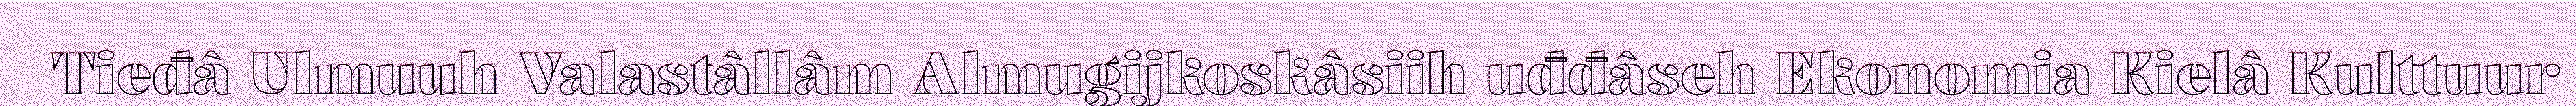
Tieđâ Ulmuuh Valastâllâm Almugijkoskâsiih uđđâseh Ekonomia Kielâ Kulttuur